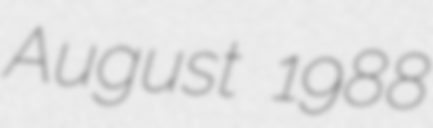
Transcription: August 1988